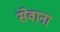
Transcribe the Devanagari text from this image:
सेवाना